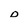
Character: D